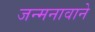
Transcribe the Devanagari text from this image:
जन्मनावाने